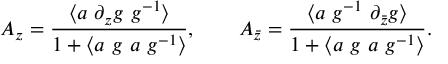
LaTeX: A _ { z } = \frac { \langle a ~ \partial _ { z } g ~ g ^ { - 1 } \rangle } { 1 + \langle a ~ g ~ a ~ g ^ { - 1 } \rangle } , ~ ~ ~ ~ ~ ~ A _ { \bar { z } } = \frac { \langle a ~ g ^ { - 1 } ~ \partial _ { \bar { z } } g \rangle } { 1 + \langle a ~ g ~ a ~ g ^ { - 1 } \rangle } .